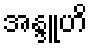
အန္ဒူဟိ